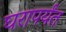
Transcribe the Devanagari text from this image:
घरापर्यंत